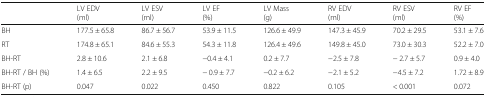
<table><thead><tr><td></td><td><b>LV EDV(ml)</b></td><td><b>LV ESV(ml)</b></td><td><b>LV EF(%)</b></td><td><b>LV Mass(g)</b></td><td><b>RV EDV(ml)</b></td><td><b>RV ESV(ml)</b></td><td><b>RV EF(%)</b></td></tr></thead><tbody><tr><td>BH</td><td>177.5 ± 65.8</td><td>86.7 ± 56.7</td><td>53.9 ± 11.5</td><td>126.6 ± 49.9</td><td>147.3 ± 45.9</td><td>70.2 ± 29.5</td><td>53.1 ± 7.6</td></tr><tr><td>RT</td><td>174.8 ± 65.1</td><td>84.6 ± 55.3</td><td>54.3 ± 11.8</td><td>126.4 ± 49.6</td><td>149.8 ± 45.0</td><td>73.0 ± 30.3</td><td>52.2 ± 7.0</td></tr><tr><td>BH-RT</td><td>2.8 ± 10.6</td><td>2.1 ± 6.8</td><td>−0.4 ± 4.1</td><td>0.2 ± 7.7</td><td>−2.5 ± 7.8</td><td>− 2.7 ± 5.7</td><td>0.9 ± 4.0</td></tr><tr><td>BH-RT / BH (%)</td><td>1.4 ± 6.5</td><td>2.2 ± 9.5</td><td>− 0.9 ± 7.7</td><td>−0.2 ± 6.2</td><td>−2.1 ± 5.2</td><td>−4.5 ± 7.2</td><td>1.72 ± 8.9</td></tr><tr><td>BH-RT (p)</td><td>0.047</td><td>0.022</td><td>0.450</td><td>0.822</td><td>0.105</td><td>&lt; 0.001</td><td>0.072</td></tr></tbody></table>